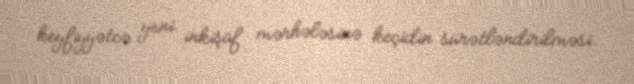
keyfiyyətcə yeni inkişaf mərhələsinə keçidin sürətləndirilməsi.